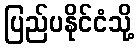
ပြည်ပနိုင်ငံသို့